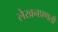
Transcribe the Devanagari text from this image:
लेखनप्रणली